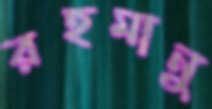
রহমানু